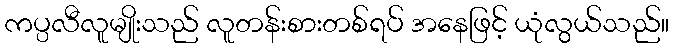
ကပ္ပလီလူမျိုးသည် လူတန်းစားတစ်ရပ် အနေဖြင့် ယုံလွယ်သည်။